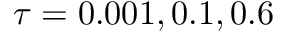
\tau = 0 . 0 0 1 , 0 . 1 , 0 . 6